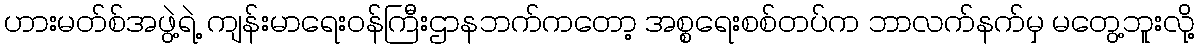
ဟားမတ်စ်အဖွဲ့ရဲ့ ကျန်းမာရေးဝန်ကြီးဌာနဘက်ကတော့ အစ္စရေးစစ်တပ်က ဘာလက်နက်မှ မတွေ့ဘူးလို့